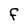
Character: F